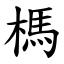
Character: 榪